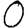
Digit: 0